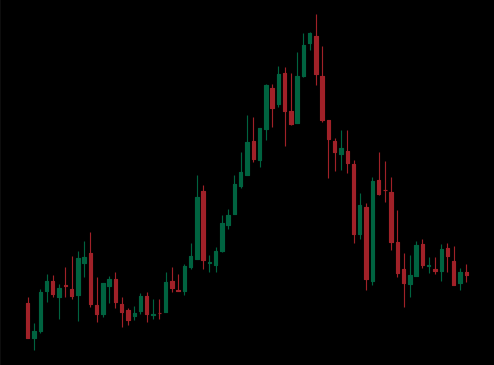
Pattern: head_shoulders